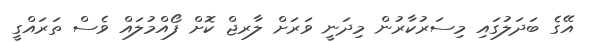
އޭގެ ބަދަލުގައި މިސަރުކާރުން މިދަނީ ވަރަށް ލާރޖް ކޮށް ފޯއްމުލައް ވެސް ތަރައްގީ